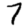
Digit: 7